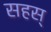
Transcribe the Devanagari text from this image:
सहस्